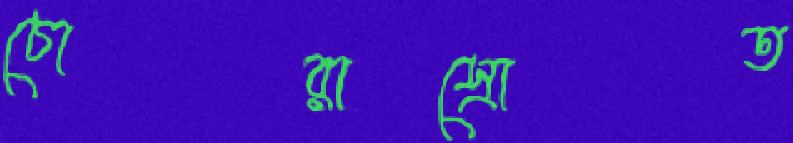
চোরাস্রোত